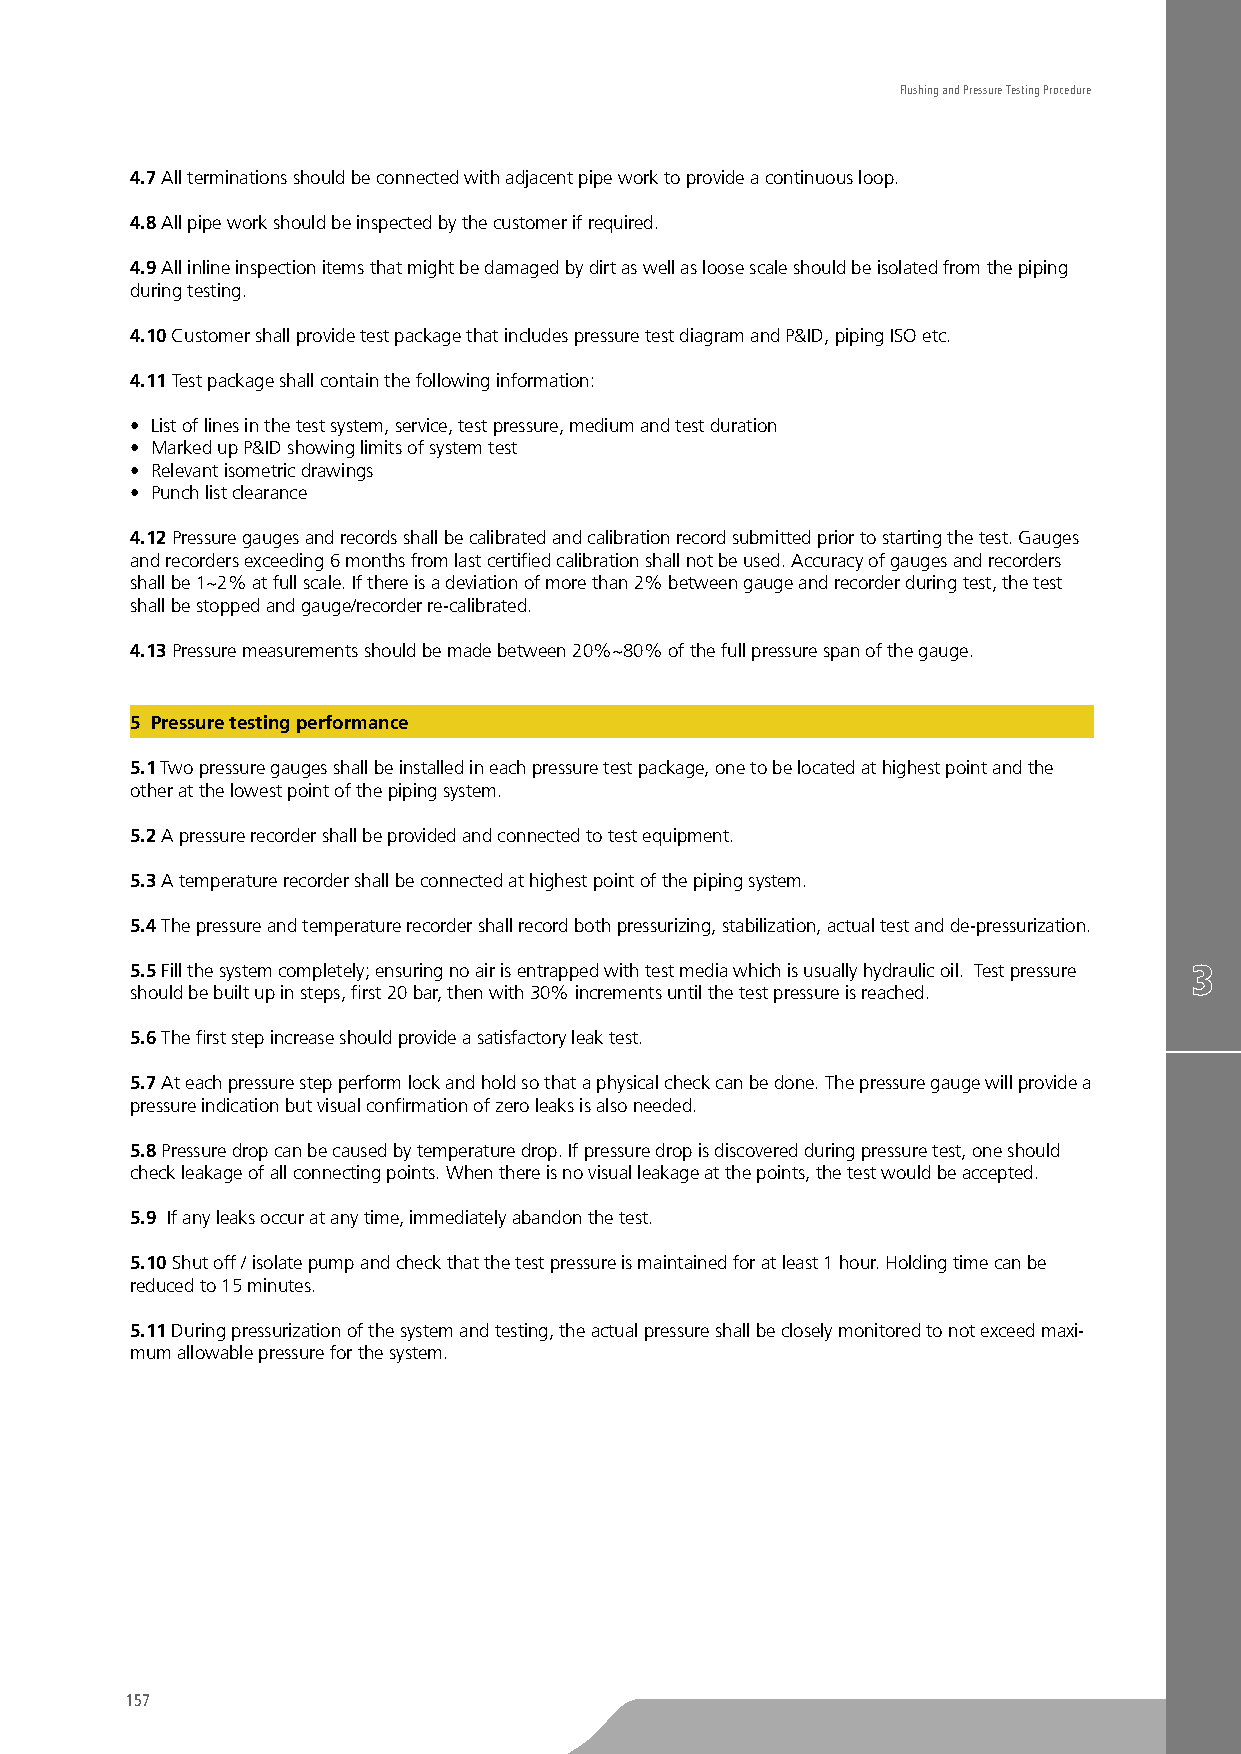
Flushing and Pressure Testing Procedure
 4.7 All terminations should be connected with adjacent pipe work to provide a continuous loop.
 4.8 All pipe work should be inspected by the customer if required.
 4.9 All inline inspection items that might be damaged by dirt as well as loose scale should be isolated from the piping
 during testing.
 4.10 Customer shall provide test package that includes pressure test diagram and P&ID, piping ISO etc.
 4.11 Test package shall contain the following information:
 • List of lines in the test system, service, test pressure, medium and test duration
 • Marked up P&ID showing limits of system test
 • Relevant isometric drawings
 • Punch list clearance
 4.12 Pressure gauges and records shall be calibrated and calibration record submitted prior to starting the test. Gauges
 and recorders exceeding 6 months from last certified calibration shall not be used. Accuracy of gauges and recorders
 shall be 1~2% at full scale. If there is a deviation of more than 2% between gauge and recorder during test, the test
 shall be stopped and gauge/recorder re-calibrated.
 4.13 Pressure measurements should be made between 20%~80% of the full pressure span of the gauge.
 5 Pressure testing performance
 5.1 Two pressure gauges shall be installed in each pressure test package, one to be located at highest point and the
 other at the lowest point of the piping system.
 5.2 A pressure recorder shall be provided and connected to test equipment.
 5.3 A temperature recorder shall be connected at highest point of the piping system.
 5.4 The pressure and temperature recorder shall record both pressurizing, stabilization, actual test and de-pressurization.
 5.5 Fill the system completely; ensuring no air is entrapped with test media which is usually hydraulic oil. Test pressure
 should be built up in steps, first 20 bar, then with 30% increments until the test pressure is reached.
 5.6 The first step increase should provide a satisfactory leak test.
 5.7 At each pressure step perform lock and hold so that a physical check can be done. The pressure gauge will provide a
 pressure indication but visual confirmation of zero leaks is also needed.
 5.8 Pressure drop can be caused by temperature drop. If pressure drop is discovered during pressure test, one should
 check leakage of all connecting points. When there is no visual leakage at the points, the test would be accepted.
 5.9 If any leaks occur at any time, immediately abandon the test.
 5.10 Shut off / isolate pump and check that the test pressure is maintained for at least 1 hour. Holding time can be
 reduced to 15 minutes.
 5.11 During pressurization of the system and testing, the actual pressure shall be closely monitored to not exceed maxi-
 mum allowable pressure for the system.
 157
 TO
 BE
 CUTTED
 OFF